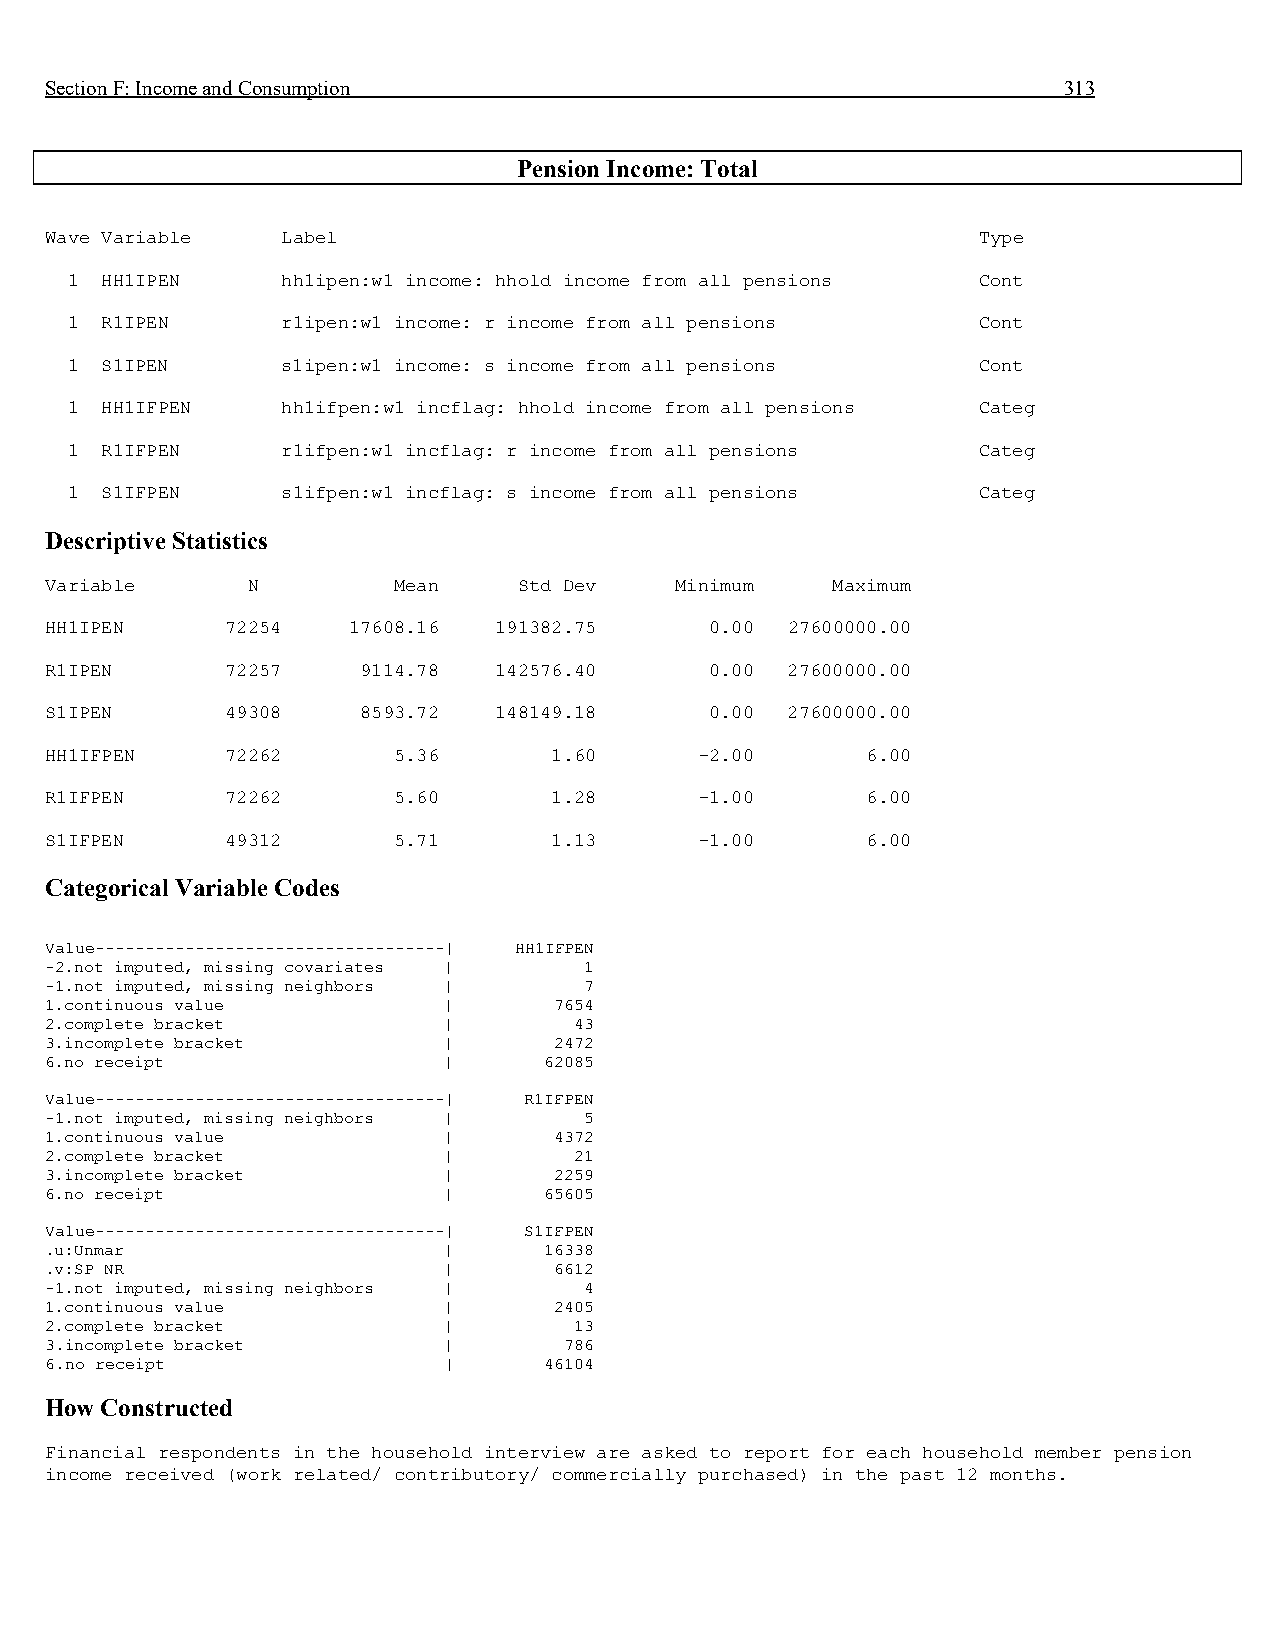
Section F: Income and Consumption                                  313
 Pension Income: Total
 Wave Variable   Label                                         Type
 1  HH1IPEN     hh1ipen:w1 income: hhold income from all pensions Cont
 1  R1IPEN      r1ipen:w1 income: r income from all pensions  Cont
 1  S1IPEN      s1ipen:w1 income: s income from all pensions  Cont
 1  HH1IFPEN    hh1ifpen:w1 incflag: hhold income from all pensions Categ
 1  R1IFPEN     r1ifpen:w1 incflag: r income from all pensions Categ
 1  S1IFPEN     s1ifpen:w1 incflag: s income from all pensions Categ
 Descriptive Statistics
 Variable     N         Mean    Std Dev    Minimum   Maximum
 HH1IPEN     72254   17608.16  191382.75     0.00 27600000.00
 R1IPEN      72257    9114.78  142576.40     0.00 27600000.00
 S1IPEN      49308    8593.72  148149.18     0.00 27600000.00
 HH1IFPEN    72262      5.36      1.60      -2.00      6.00
 R1IFPEN     72262      5.60      1.28      -1.00      6.00
 S1IFPEN     49312      5.71      1.13      -1.00      6.00
 Categorical Variable Codes
 Value-----------------------------------| HH1IFPEN
 -2.not imputed, missing covariates | 1
 -1.not imputed, missing neighbors | 7
 1.continuous value        |       7654
 2.complete bracket        |        43
 3.incomplete bracket      |       2472
 6.no receipt              |      62085
 Value-----------------------------------| R1IFPEN
 -1.not imputed, missing neighbors | 5
 1.continuous value        |       4372
 2.complete bracket        |        21
 3.incomplete bracket      |       2259
 6.no receipt              |      65605
 Value-----------------------------------| S1IFPEN
 .u:Unmar                  |      16338
 .v:SP NR                  |       6612
 -1.not imputed, missing neighbors | 4
 1.continuous value        |       2405
 2.complete bracket        |        13
 3.incomplete bracket      |       786
 6.no receipt              |      46104
 How Constructed
 Financial respondents in the household interview are asked to report for each household member pension
 income received (work related/ contributory/ commercially purchased) in the past 12 months.